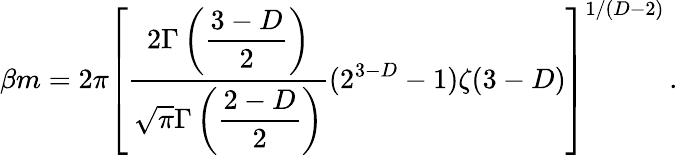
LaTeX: \beta m=2\pi\left[\frac{2\Gamma\left({\displaystyle{\frac{3-D}{2}}}\right)}{\sqrt{\pi}\Gamma\left({\displaystyle{\frac{2-D}{2}}}\right)}(2^{3-D}-1)\zeta(3-D)\right]^{1/(D-2)}\, .